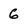
Character: 6